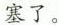
塞了。